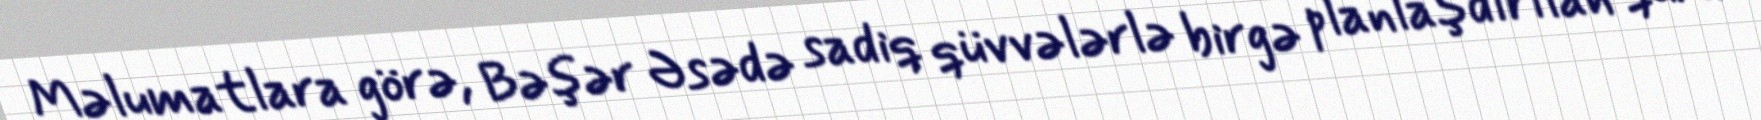
Məlumatlara görə, Bəşər Əsədə sadiq qüvvələrlə birgə planlaşdırılan quru